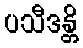
ပသီဒန္တိ